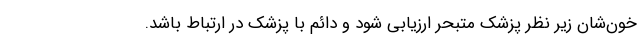
خون‌شان زیر نظر پزشک متبحر ارزیابی شود و دائم با پزشک در ارتباط باشد.